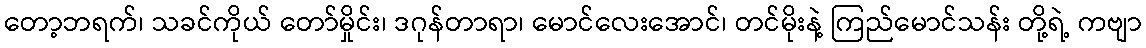
တော့ဘရက်၊ သခင်ကိုယ် တော်မှိုင်း၊ ဒဂုန်တာရာ၊ မောင်လေးအောင်၊ တင်မိုးနဲ့ ကြည်မောင်သန်း တို့ရဲ့ ကဗျာ